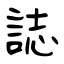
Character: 誌